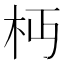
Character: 𣏜